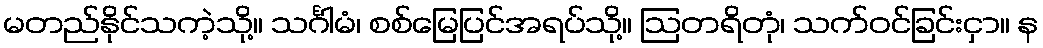
မတည်နိုင်သကဲ့သို့။ သင်္ဂါမံ၊ စစ်မြေပြင်အရပ်သို့။ ဩတရိတုံ၊ သက်ဝင်ခြင်းငှာ။ န